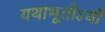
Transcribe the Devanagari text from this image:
यथाभूतोऽर्थो